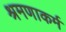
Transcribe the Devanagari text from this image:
श्रमणाकर्म